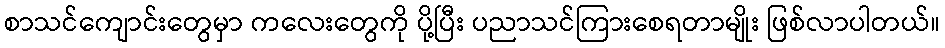
စာသင်ကျောင်းတွေမှာ ကလေးတွေကို ပို့ပြီး ပညာသင်ကြားစေရတာမျိုး ဖြစ်လာပါတယ်။